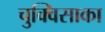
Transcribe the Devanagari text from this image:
चुक्विसाका